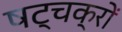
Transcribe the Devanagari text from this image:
षट्चक्रों